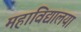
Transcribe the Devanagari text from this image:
महाविद्यालया